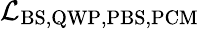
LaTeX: \mathcal{L}_{\mathrm{BS,QWP,PBS,PCM}}